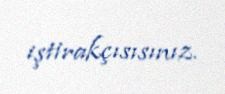
iştirakçısısınız.